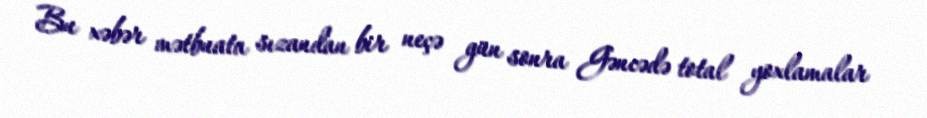
Bu xəbər mətbuata sızandan bir neçə gün sonra Gəncədə total yoxlamalar